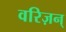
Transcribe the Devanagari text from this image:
वरिज़न्